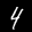
Label: 4